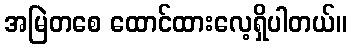
အမြဲတစေ ထောင်ထားလေ့ရှိပါတယ်။